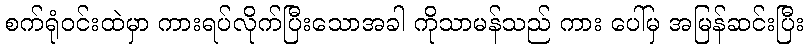
စက်ရုံဝင်းထဲမှာ ကားရပ်လိုက်ပြီးသောအခါ ကိုသာမန်သည် ကား ပေါ်မှ အမြန်ဆင်းပြီး